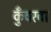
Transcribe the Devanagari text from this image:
कुँवरबा